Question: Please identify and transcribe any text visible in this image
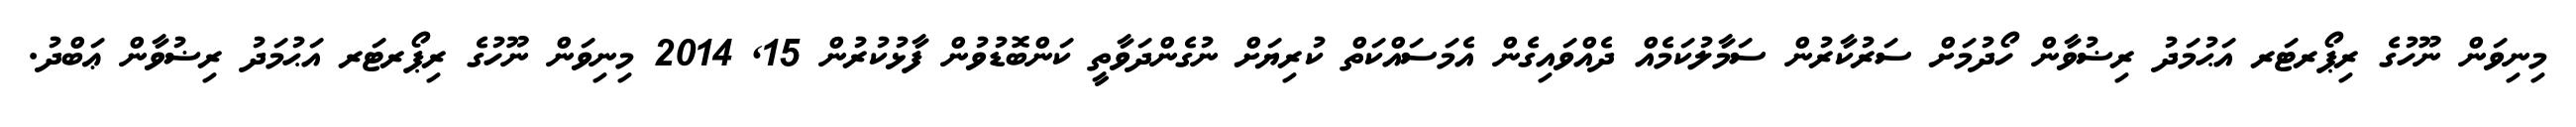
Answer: މިނިވަން ނޫހުގެ ރިޕޯރޓަރ އަޙުމަދު ރިޟުވާން ހޯދުމަށް ސަރުކާރުން ސަމާލުކަމެއް ދެއްވައިގެން އެމަސައްކަތް ކުރިޔަށް ނުގެންދަވާތީ ކަންބޮޑުވުން ފާޅުކުރުން 15, 2014 މިނިވަން ނޫހުގެ ރިޕޯރޓަރ އަޙުމަދު ރިޟުވާން ޢަބްދު.